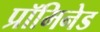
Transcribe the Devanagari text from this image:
प्रॉमिनेड